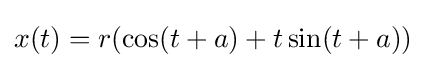
x(t)=r(\cos(t+a)+t\sin(t+a))